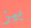
بيز